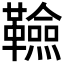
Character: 𮧭